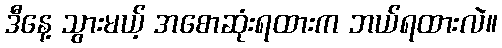
ဒီနေ့ သွားမယ့် အစောဆုံးရထားက ဘယ်ရထားလဲ။